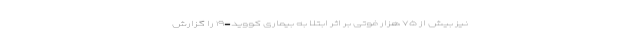
نیز بیش از ۷۵ هزار فوتی بر اثر ابتلا به بیماری کووید-۱۹ را گزارش